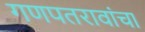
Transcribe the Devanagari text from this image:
गणपतरावांचा